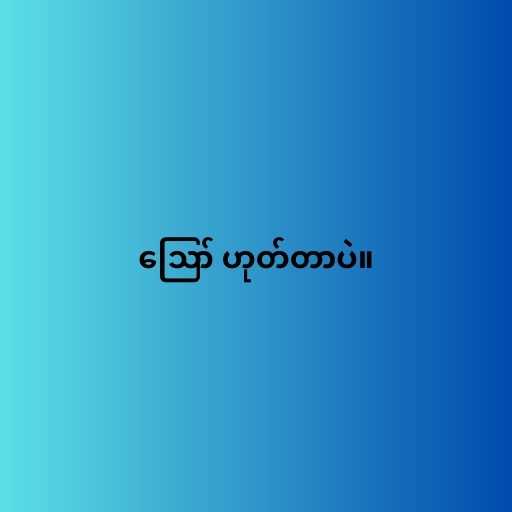
ဪ ဟုတ်တာပဲ။